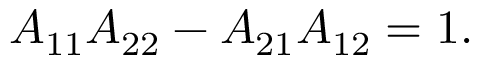
A _ { 1 1 } A _ { 2 2 } - A _ { 2 1 } A _ { 1 2 } = 1 .